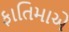
ફાતિમાએ